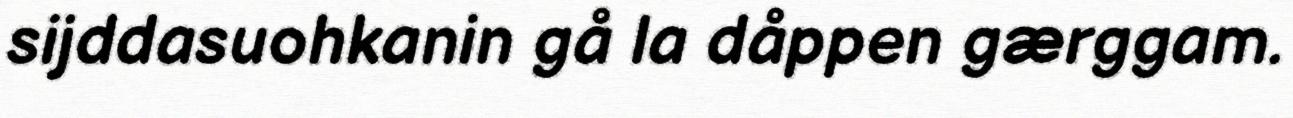
sijddasuohkanin gå la dåppen gærggam.